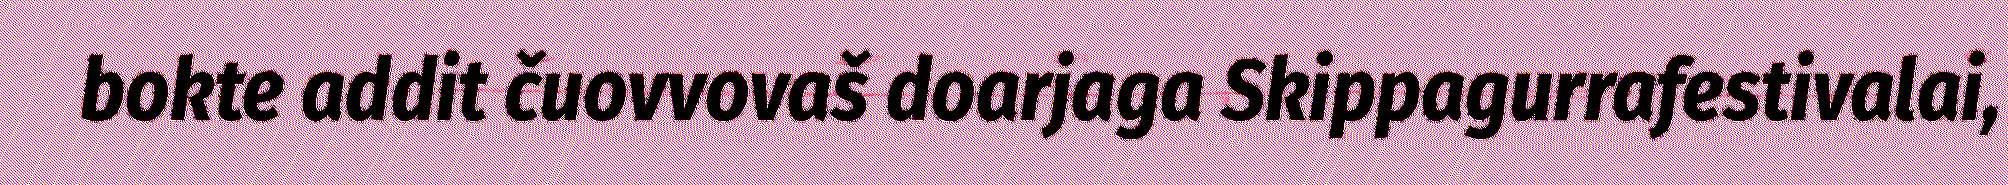
bokte addit čuovvovaš doarjaga Skippagurrafestivalai,